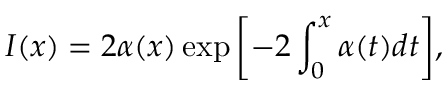
I ( x ) = 2 \alpha ( x ) \exp { \left[ - 2 \int _ { 0 } ^ { x } \alpha ( t ) d t \right] } ,